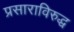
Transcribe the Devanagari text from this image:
प्रसाराविरुद्ध